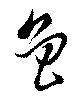
魯